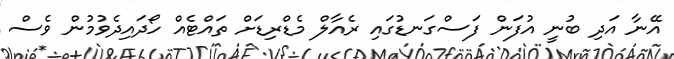
އޭނާ އަދި ބުނީ އުފަން ފަސްގަނޑުގައި ރެއާލް މެޑްރިޑަށް ތައްޓެއް ހޯދައިދެވުމުން ވެސް